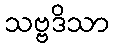
သဗ္ဗဒိသာ